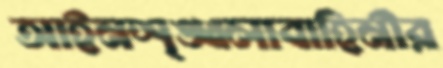
আইনশৃঙ্খলাবাহিনীর